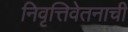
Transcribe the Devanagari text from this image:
निवृत्तिवेतनाची